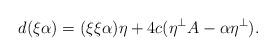
LaTeX: \begin{align*}d(\xi\alpha)=(\xi\xi\alpha)\eta+4c(\eta^\perp A-\alpha\eta^\perp).\end{align*}